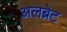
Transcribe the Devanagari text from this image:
अलब्रेट